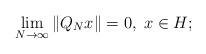
LaTeX: \begin{align*}\lim_{N\to\infty}\|Q_N x\|= 0, \; x\in H;\end{align*}